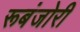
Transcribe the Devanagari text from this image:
रूबंजोरी